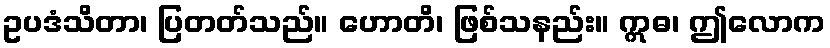
ဥပဒံသိတာ၊ ပြတတ်သည်။ ဟောတိ၊ ဖြစ်သနည်း။ ဣဓ၊ ဤလောက